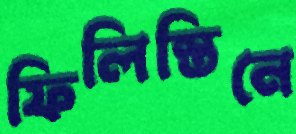
ফিলিস্তিনে